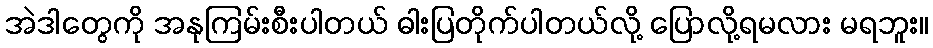
အဲဒါတွေကို အနုကြမ်းစီးပါတယ် ဓါးပြတိုက်ပါတယ်လို့ ပြောလို့ရမလား မရဘူး။